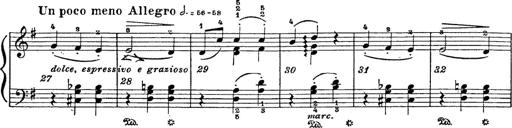
Title: 6 Polish Songs
Composer: Franz Liszt